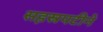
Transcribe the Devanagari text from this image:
सहस्रपटीने